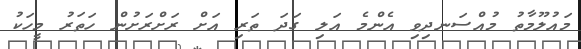
މައުލޫމާތު މުއްސަނދިވި އެންމެ އަލި ގަދަ ތަރި އަށް ރަށްރަށުން ހަތަރު މީހަކު